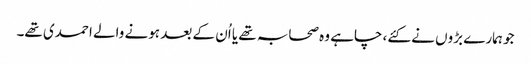
جو ہمارے بڑوں نے کئے، چاہے وہ صحابہ تھے یا اُن کے بعد ہونے والے احمدی تھے۔